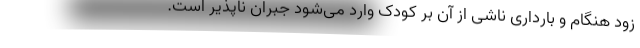
زود هنگام و بارداری ناشی از آن بر کودک وارد می‌شود جبران ناپذیر است.